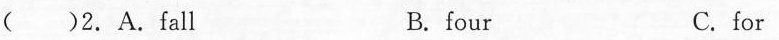
( )2.A.Fall B.four C. for